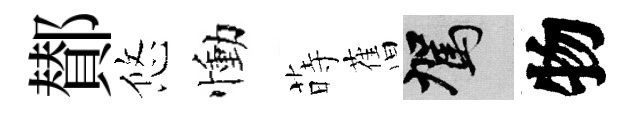
鄼悠慟蒔𦾔駕物